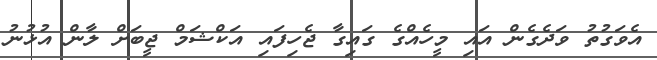
އެވަގުތު ވަދެގެން އައި މީހެއްގެ ގައިގާ ޖެހިފައި އަކްޝަމް ޖީބަށް ލާން އުޅުނު